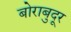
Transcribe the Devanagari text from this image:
बोराबुदूर